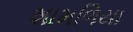
શામળિયા